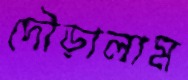
দৌড়ালাম